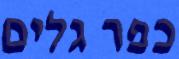
כפר גלים